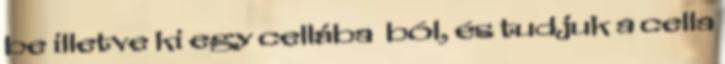
be illetve ki egy cellába ból, és tudjuk a cella